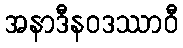
အနာဒီနဝဒဿာဝီ